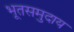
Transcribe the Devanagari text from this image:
भूतसमुदाय